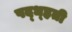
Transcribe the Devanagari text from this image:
पद्ध्हती